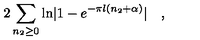
2 \sum _ { n _ { 2 } \ge 0 } \mathrm { l n } | 1 - e ^ { - \pi l ( n _ { 2 } + \alpha ) } | \quad ,